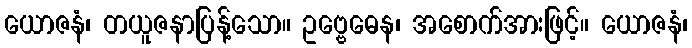
ယောဇနံ၊ တယူဇနာပြန့်သော။ ဥဗ္ဗေဓေန၊ အစောက်အားဖြင့်။ ယောဇနံ၊